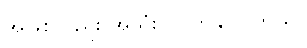
အဖြစ်လည်း အသုံးဝင်လာနိုင်ပါတယ်။